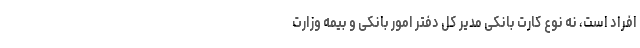
افراد است، نه نوع کارت بانکی مدیر کل دفتر امور بانکی و بیمه وزارت